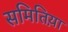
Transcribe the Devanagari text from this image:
समितिय़ा